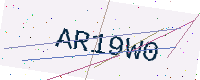
Text: AR19W0